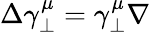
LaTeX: \Delta\gamma_{\perp}^{\mu}=\gamma_{\perp}^{\mu}\nabla